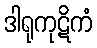
ဒါရုကုဋိကံ